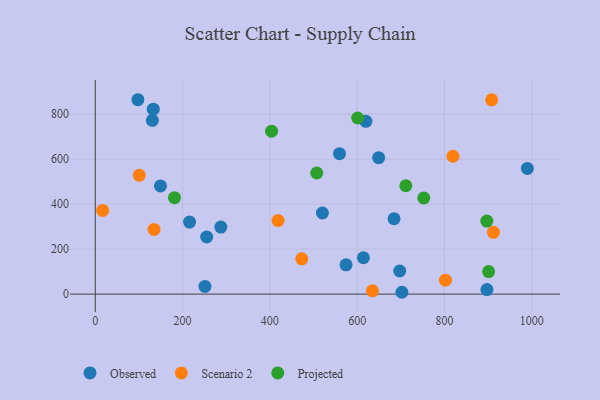
{"axis": {"x": "Investment", "y": "Salary"}, "legend": ["Observed", "Projected", "Scenario 2"], "data": [{"x": "216.0", "y": 320.2, "type": "Observed"}, {"x": "990.1", "y": 558.6, "type": "Observed"}, {"x": "287.7", "y": 298.2, "type": "Observed"}, {"x": "132.8", "y": 822.0, "type": "Observed"}, {"x": "897.4", "y": 20.0, "type": "Observed"}, {"x": "255.3", "y": 254.0, "type": "Observed"}, {"x": "130.8", "y": 772.4, "type": "Observed"}, {"x": "684.6", "y": 335.1, "type": "Observed"}, {"x": "559.6", "y": 624.5, "type": "Observed"}, {"x": "97.6", "y": 864.1, "type": "Observed"}, {"x": "251.3", "y": 34.4, "type": "Observed"}, {"x": "649.3", "y": 606.6, "type": "Observed"}, {"x": "149.3", "y": 480.8, "type": "Observed"}, {"x": "614.4", "y": 161.7, "type": "Observed"}, {"x": "697.5", "y": 102.7, "type": "Observed"}, {"x": "574.6", "y": 130.4, "type": "Observed"}, {"x": "620.1", "y": 768.2, "type": "Observed"}, {"x": "702.5", "y": 8.2, "type": "Observed"}, {"x": "520.4", "y": 360.6, "type": "Observed"}, {"x": "908.3", "y": 863.5, "type": "Scenario 2"}, {"x": "16.8", "y": 371.9, "type": "Scenario 2"}, {"x": "912.3", "y": 274.9, "type": "Scenario 2"}, {"x": "635.1", "y": 14.8, "type": "Scenario 2"}, {"x": "134.6", "y": 287.6, "type": "Scenario 2"}, {"x": "473.1", "y": 156.7, "type": "Scenario 2"}, {"x": "418.8", "y": 326.9, "type": "Scenario 2"}, {"x": "802.4", "y": 62.2, "type": "Scenario 2"}, {"x": "819.5", "y": 612.9, "type": "Scenario 2"}, {"x": "100.8", "y": 528.0, "type": "Scenario 2"}, {"x": "507.5", "y": 538.4, "type": "Projected"}, {"x": "601.2", "y": 782.9, "type": "Projected"}, {"x": "181.4", "y": 428.9, "type": "Projected"}, {"x": "901.3", "y": 100.0, "type": "Projected"}, {"x": "752.7", "y": 427.7, "type": "Projected"}, {"x": "897.2", "y": 324.9, "type": "Projected"}, {"x": "403.9", "y": 724.5, "type": "Projected"}, {"x": "711.6", "y": 481.7, "type": "Projected"}]}